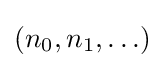
(n_{0},n_{1},\ldots )